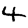
Digit: 4